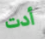
أدت